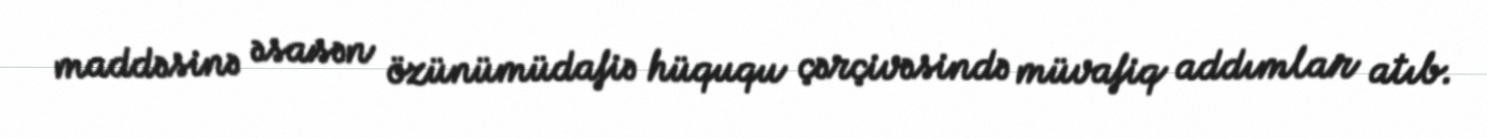
maddəsinə əsasən özünümüdafiə hüququ çərçivəsində müvafiq addımlar atıb.